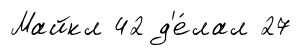
Майкл 42 д'е́лал 27